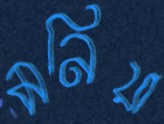
মনিয়া